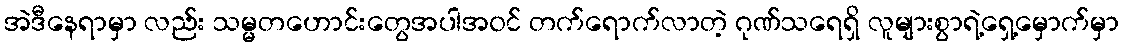
အဲဒီနေရာမှာ လည်း သမ္မတဟောင်းတွေအပါအ၀င် တက်ရောက်လာတဲ့ ဂုဏ်သရေရှိ လူများစွာရဲ့ရှေ့မှောက်မှာ